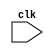
module Timing_Control_and_Synchronization (
    input wire clk,
    // other inputs and outputs here
);

reg [3:0] gray_counter_reg;
reg [3:0] gray_counter_next;
reg [1:0] clk_divider_reg;
reg [1:0] clk_divider_next;

always @(posedge clk) begin
    // Gray counter logic - generates Gray code sequence
    gray_counter_next[0] = ~gray_counter_reg[0];
    gray_counter_next[1] = gray_counter_reg[0] ^ gray_counter_reg[1];
    gray_counter_next[2] = gray_counter_reg[1] ^ gray_counter_reg[2];
    gray_counter_next[3] = gray_counter_reg[2] ^ gray_counter_reg[3];
    
    // Clock divider logic - divide the clock frequency
    clk_divider_next = clk_divider_reg + 1;
    if (clk_divider_reg == 2'b01) begin
        // do something here, for example reset a counter
    end
    
    // Update registers
    gray_counter_reg <= gray_counter_next;
    clk_divider_reg <= clk_divider_next;
end

// other modules and logic here

endmodule